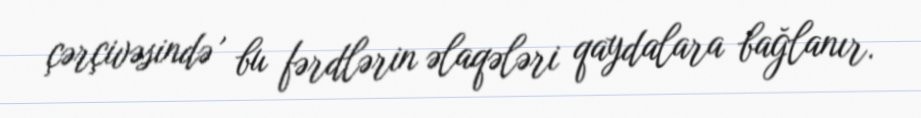
çərçivəsində , bu fərdlərin əlaqələri qaydalara bağlanır.